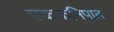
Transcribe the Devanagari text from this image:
एककनिपात